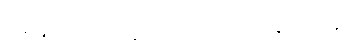
အနာထ ပိဏ္ဍိကဿ အာရာမေ။